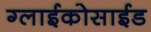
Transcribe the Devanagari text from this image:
ग्लाईकोसाईड